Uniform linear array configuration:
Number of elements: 16
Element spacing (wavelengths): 1
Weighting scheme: uniform
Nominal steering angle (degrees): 30
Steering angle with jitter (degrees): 30.541
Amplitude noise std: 0.05
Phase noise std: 0.05

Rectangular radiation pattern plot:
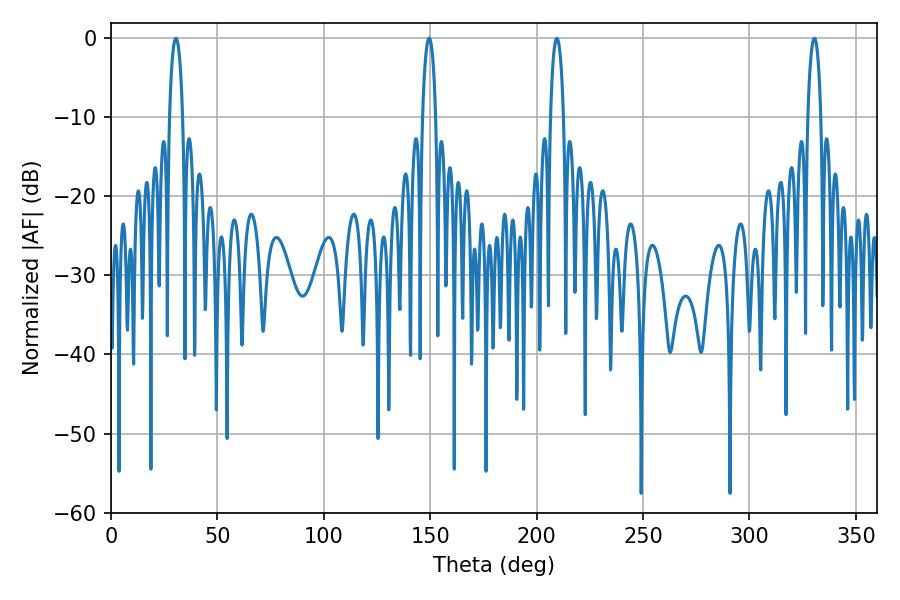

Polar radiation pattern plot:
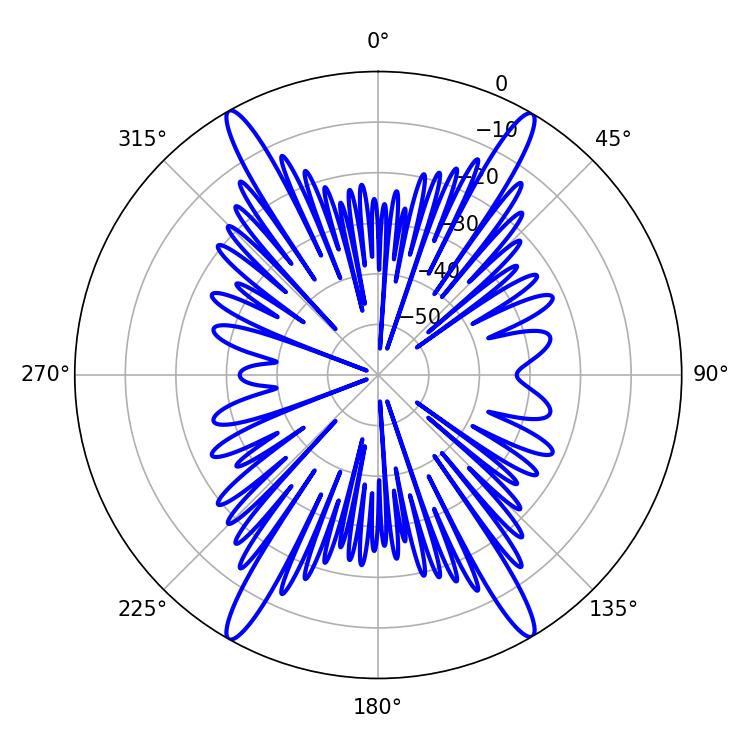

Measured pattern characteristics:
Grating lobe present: TRUE
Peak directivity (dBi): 28.423
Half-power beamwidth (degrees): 3.6
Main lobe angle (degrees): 209.52